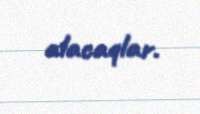
alacaqlar.